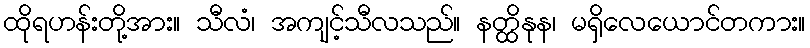
ထိုရဟန်းတို့အား။ သီလံ၊ အကျင့်သီလသည်။ နတ္ထိနုန၊ မရှိလေယောင်တကား။